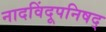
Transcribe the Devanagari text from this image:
नादविंदूपनिषद्